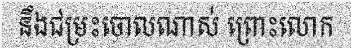
នឹងជម្រះចោលណាស់ ព្រោះលោក